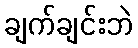
ချက်ချင်းဘဲ